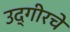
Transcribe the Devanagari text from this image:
उद्गीरचे